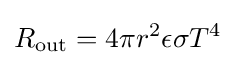
R_{\mathrm {out} }=4\pi r^{2}\epsilon \sigma T^{4}{\frac {}{}}